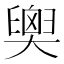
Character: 𦦉